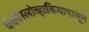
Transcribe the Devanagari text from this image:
चेकोस्लोव्हाकियापासून